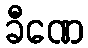
ခီဏေ